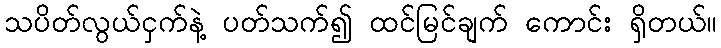
သပိတ်လွယ်ငှက်နဲ့ ပတ်သက်၍ ထင်မြင်ချက် ကောင်း ရှိတယ်။